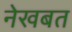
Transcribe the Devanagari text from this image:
नेखबत